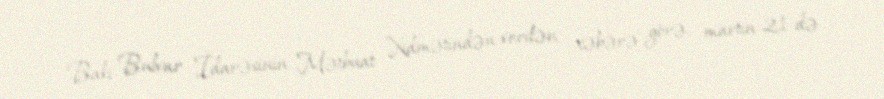
Bakı Bulvar İdarəsinin Mətbuat Xidmətindən verilən xəbərə görə, martın 21-də